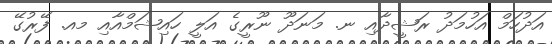
އަދުހަމް އަހުމަދު ރަޝީދާއި ނ. މަނަދޫ ނޫރީގެ އަލީ ހައިޝަމްއާއި މއ. ފޭރުގޭ